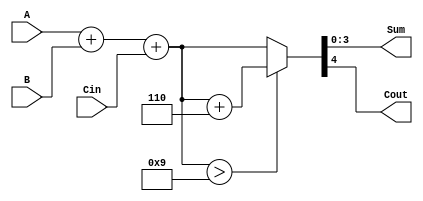
module BCD_Asynchronous_Adder (
    input  [3:0] A,      // First BCD digit
    input  [3:0] B,      // Second BCD digit
    input        Cin,     // Input carry
    output [3:0] Sum,     // Sum output in BCD format
    output       Cout     // Output carry
);

    wire [4:0] preliminary_sum;  // 5 bits to hold the sum and carry
    wire [4:0] corrected_sum;     // 5 bits for the corrected sum
    wire correction_needed;        // Indicates if correction is needed

    // Preliminary addition (A + B + Cin)
    assign preliminary_sum = A + B + Cin;

    // Determine if the preliminary sum needs correction
    assign correction_needed = preliminary_sum > 9;

    // BCD correction (add 6 if correction needed)
    assign corrected_sum = correction_needed ? (preliminary_sum + 5'd6) : preliminary_sum;

    // Assign outputs
    assign Sum = corrected_sum[3:0];   // 4 LSBs are the result
    assign Cout = corrected_sum[4];     // MSB is the carry-out

endmodule